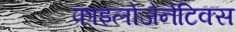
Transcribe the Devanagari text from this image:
फाइलोजेनेटिक्स